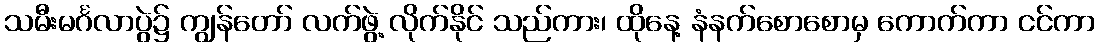
သမီးမင်္ဂလာပွဲ၌ ကျွန်တော် လက်ဖွဲ့ လိုက်နိုင် သည်ကား၊ ထိုနေ့ နံနက်စောစောမှ ကောက်ကာ ငင်ကာ